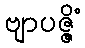
ဗျာပဇ္ဇိံ